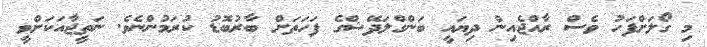
މި ގޯލަށްފަހު ވެސް ރާއްޖެއިން ދިޔައީ ބަންގްލަދޭޝްގެ ފަހަތަށް ބާރުބޮޑު ކުރަމުންނެވެ. ނަތީޖާއަކަށްވީ